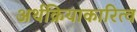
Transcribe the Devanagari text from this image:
अर्थक्रियाकारित्व